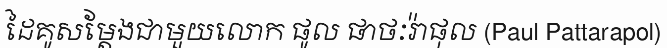
ដៃគូសម្តែងជាមួយលោក ផូល ផាថៈរ៉ាផុល (Paul Pattarapol)